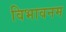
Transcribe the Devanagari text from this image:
विभावनम